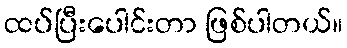
ထပ်ပြီးပေါင်းတာ ဖြစ်ပါတယ်။